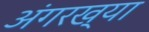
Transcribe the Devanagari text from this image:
अंगरख्या